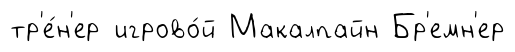
тр'е́н'ер игрово́й Макалпайн Бр'емн'ер